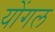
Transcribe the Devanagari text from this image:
योंगल